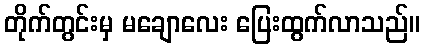
တိုက်တွင်းမှ မချောလေး ပြေးထွက်လာသည်။